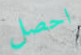
احصل